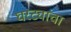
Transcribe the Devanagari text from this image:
घरट्यांचा